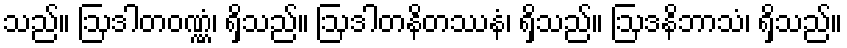
သည်။ ဩဒါတဝဏ္ဏံ၊ ရှိသည်။ ဩဒါတနိတဿနံ၊ ရှိသည်။ ဩဒနိဘာသံ၊ ရှိသည်။